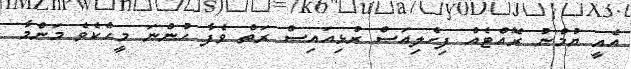
އެއީ ޔުމްނު ރޮއްޓެއް ފިހެލިއަސް ރުޅިއައިސް ރަތް ވެފާ ހުންނަ މީހެކެވެ މަންމާ